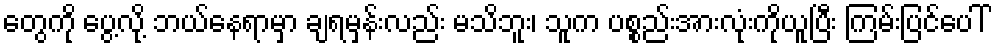
တွေကို ပွေ့လို့ ဘယ်နေရာမှာ ချရမှန်းလည်း မသိဘူး၊ သူက ပစ္စည်းအားလုံးကိုယူပြီး ကြမ်းပြင်ပေါ်